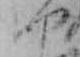
や